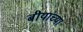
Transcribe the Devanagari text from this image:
बीयांच्या